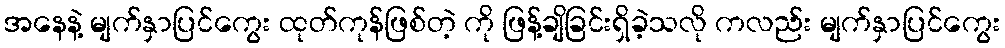
အနေနဲ့ မျက်နှာပြင်ကွေး ထုတ်ကုန်ဖြစ်တဲ့ ကို ဖြန့်ချိခြင်းရှိခဲ့သလို ကလည်း မျက်နှာပြင်ကွေး